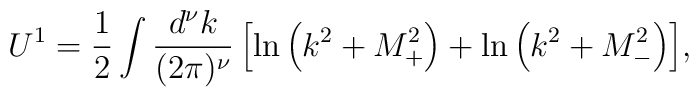
U^1=\frac{1}{2}\int \frac{d^\nu k}{(2\pi)^\nu}\,\Bigl[\ln \left(k^2+M^2_{+}\right)+\ln \left(k^2+M^2_{-}\right)\Bigr],